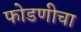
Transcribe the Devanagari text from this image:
फोडणीचा